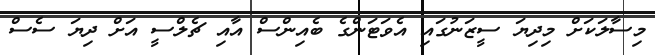
މިސާލަކަށް މިދިޔަ ސީޒަނުގައި އެވަޓަންގެ ބެއިންސް އާއި ޗެލްސީ އަށް ދިޔަ ސެސް